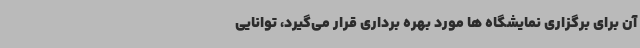
آن برای برگزاری نمایشگاه ها مورد بهره برداری قرار می‌گیرد، توانایی